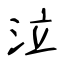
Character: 泣